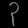
Digit: ၃